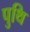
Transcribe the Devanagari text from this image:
पुथि